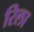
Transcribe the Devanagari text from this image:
रिला